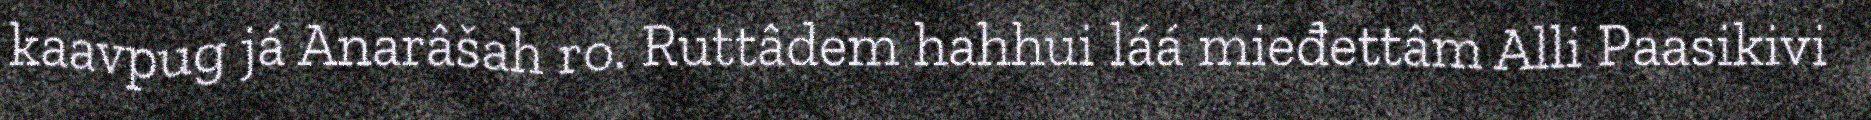
kaavpug já Anarâšah ro. Ruttâdem hahhui láá mieđettâm Alli Paasikivi